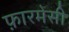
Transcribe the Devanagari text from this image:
फ़ारमेसी